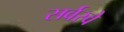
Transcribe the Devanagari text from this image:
सर्वस्वे